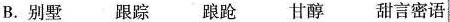
B.别墅跟踪踉跄甘醇甜言密语